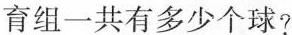
育组一共有多少个球?